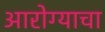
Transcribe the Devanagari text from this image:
आरोग्याचा